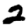
Digit: 2